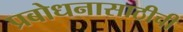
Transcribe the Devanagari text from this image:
प्रबोधनासाठीची